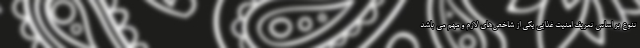
تنوع بر اساس تعریف امنیت غذایی یکی از شاخص‌های لازم و مهم می باشد